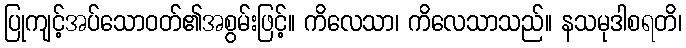
ပြုကျင့်အပ်သောဝတ်၏အစွမ်းဖြင့်။ ကိလေသာ၊ ကိလေသာသည်။ နသမုဒါစရတိ၊